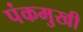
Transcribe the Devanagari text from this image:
पंकमुखी